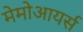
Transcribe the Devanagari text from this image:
मेमोआयर्स